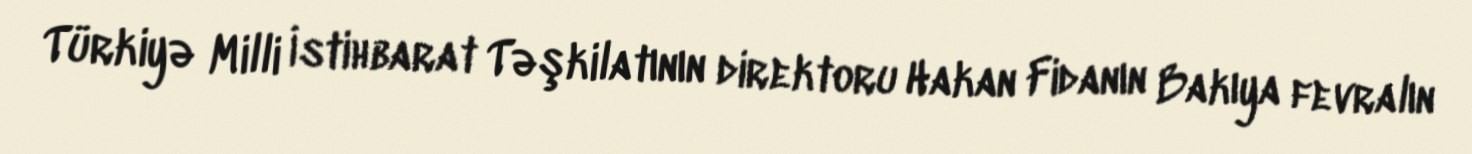
Türkiyə Milli İstihbarat Təşkilatının direktoru Hakan Fidanın Bakıya fevralın